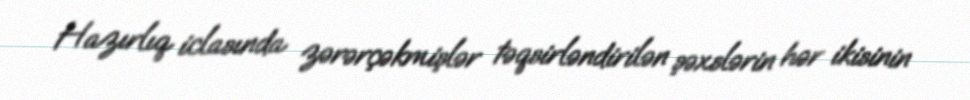
Hazırlıq iclasında zərərçəkmişlər təqsirləndirilən şəxslərin hər ikisinin